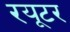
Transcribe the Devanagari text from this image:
रयूटर